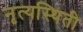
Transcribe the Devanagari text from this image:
नृत्यस्थिती